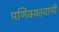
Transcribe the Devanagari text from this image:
मणिक्यस्वामी